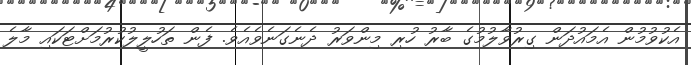
އެކުވުމުން އެމައުދަން ގިރުވާލުމުގެ ބާރު ހުރި މިންވަރު ދެނެގަނެވެއެވެ. ފެން ތަހުލީލުކުރުމަށްޓަކައި މާލެ